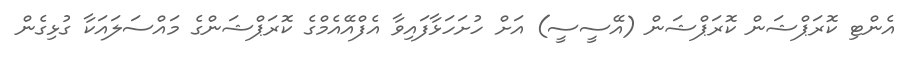
އެންޓި ކޮރަޕްޝަން ކޮރަޕްޝަން (އޭސީސީ) އަށް ހުށަހަޅާފައިވާ އެފްއޭއެމްގެ ކޮރަޕްޝަންގެ މައްސަލައަކާ ގުޅިގެން